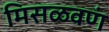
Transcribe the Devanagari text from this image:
मिसळवणं